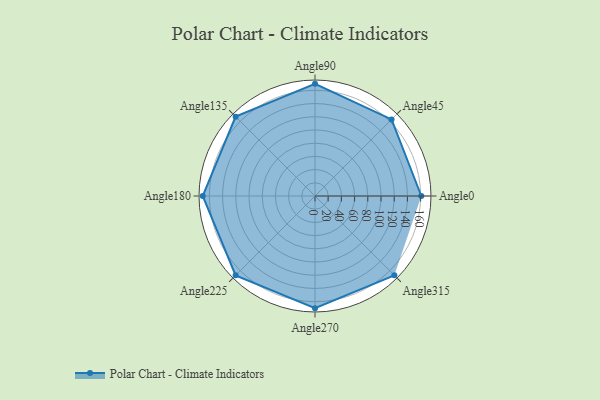
{"axis": {"x": "Angle", "y": "Radius"}, "legend": [""], "data": [{"x": "Angle0", "y": 161.0, "type": ""}, {"x": "Angle45", "y": 164.0, "type": ""}, {"x": "Angle90", "y": 170, "type": ""}, {"x": "Angle135", "y": 170, "type": ""}, {"x": "Angle180", "y": 170, "type": ""}, {"x": "Angle225", "y": 170, "type": ""}, {"x": "Angle270", "y": 170, "type": ""}, {"x": "Angle315", "y": 170, "type": ""}]}